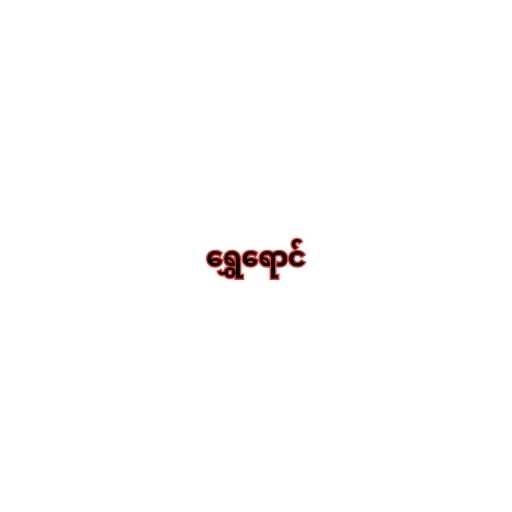
ရွှေရောင်